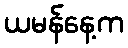
ယမန်နေ့က